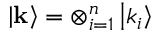
\left\vert \mathbf { k } \right\rangle = \otimes _ { i = 1 } ^ { n } \left\vert k _ { i } \right\rangle